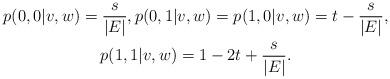
LaTeX: \begin{gather*}p(0,0|v,w) = \frac{s}{|E|}, p(0,1|v,w) = p(1,0|v,w) = t-\frac{s}{|E|}, \\p(1,1|v,w) = 1-2t+\frac{s}{|E|}.\end{gather*}